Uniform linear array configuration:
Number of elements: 16
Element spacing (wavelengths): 0.5
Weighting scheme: uniform
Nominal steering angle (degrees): -30
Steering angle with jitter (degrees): -29.17
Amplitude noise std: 0.05
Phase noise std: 0.05

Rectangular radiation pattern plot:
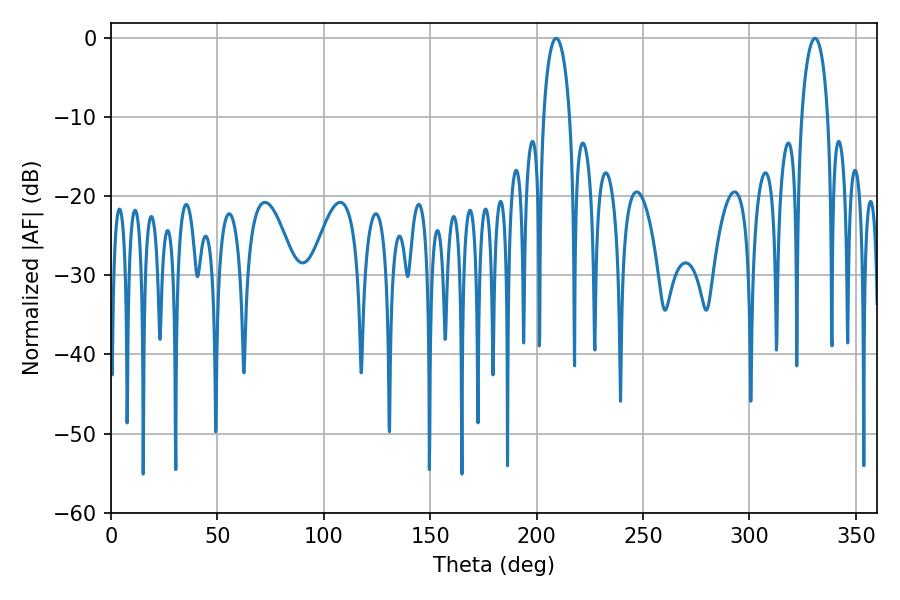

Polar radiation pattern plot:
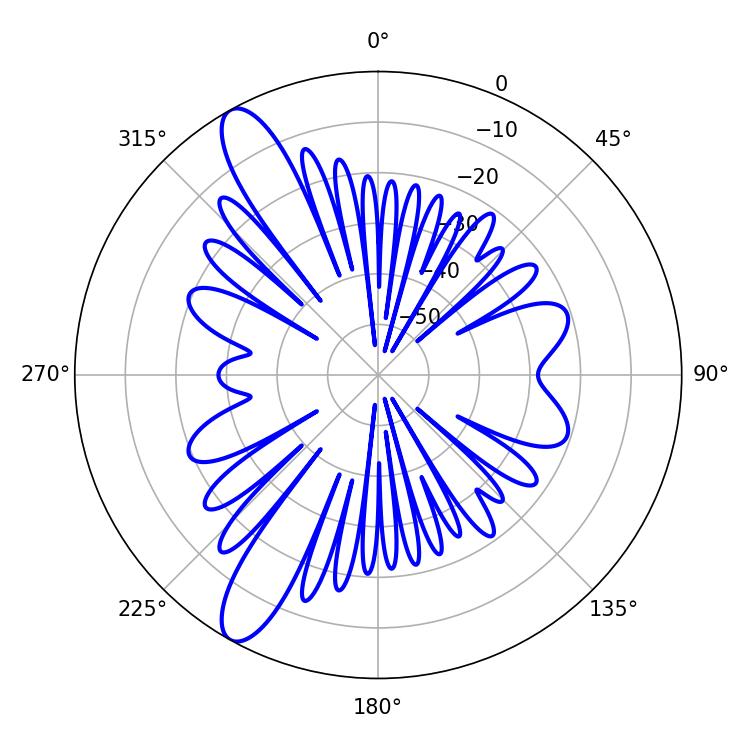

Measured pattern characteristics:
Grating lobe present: FALSE
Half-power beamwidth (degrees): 7.02
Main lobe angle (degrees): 209.16